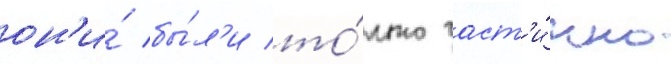
он'и́ бы́л'и то́лько част'и́чно